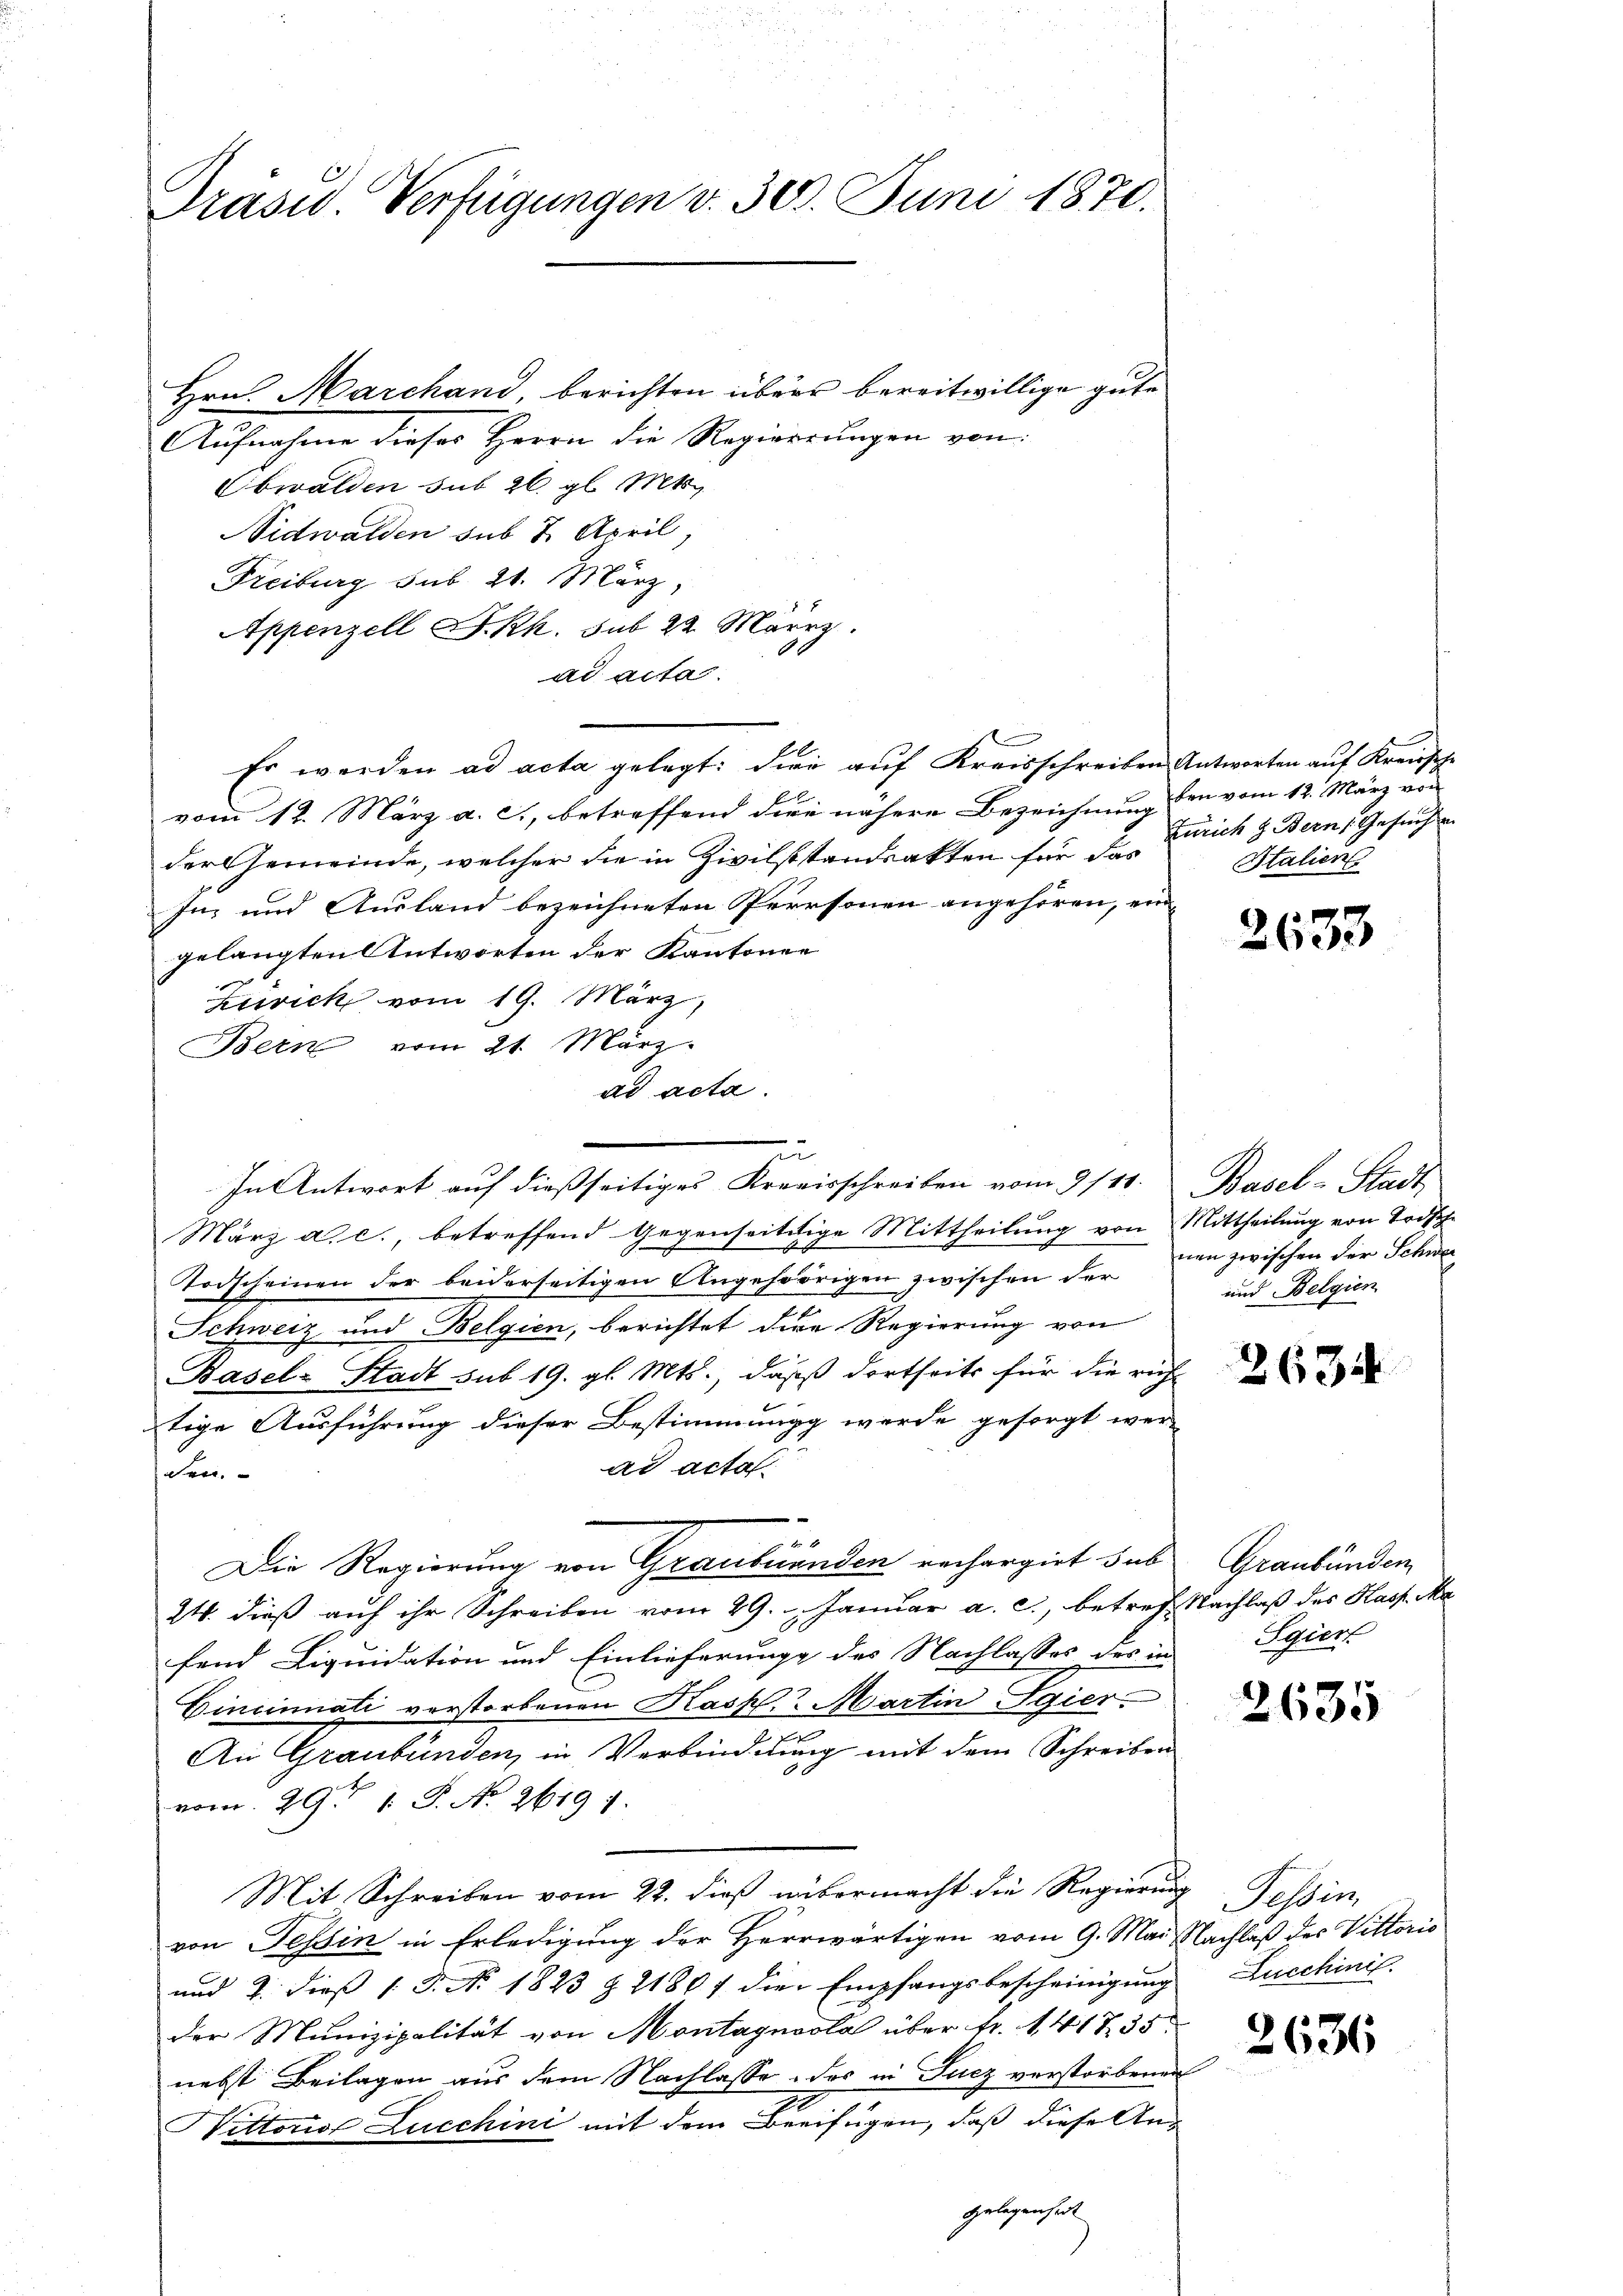
Präsid. Verfügungen v. 30. Juni 1870.

Hrn. Marchand, berichten übers bereitwillige gute
Aŭfnahme dieser Herrn die Regierŭngen von
Obwalden sub 26. gl. Mts.
Nidwalden sub 2. April,
Freiburg sub 21. März,
Appenzell I.Rh. sub 22. März.
ad acta.
Es werden ad acta gelegt: Die auf Kreisschreiben Antworten auf Kreissche

vom 12. März a. c., betreffend die nähere Bezeichnung den vom 12. März von
der Gemeinde, welcher die in Zivilstandsakten für das
In und Ausland bezeichneten Personen angehören, ein
gelangten Antworten der Kantonen
Zuvick vom 19. März,
Bern vom 21. März.
ad acta.
März a. c., betreffend Gegenseitige Mittheilung von Mittheilung von Todsch
Todscheinen der beiderseitigen Angehörigen zwischen der in zwischen der Schwer¬
Schweiz und Belgien, berichtet dere Regierung von
Basel-Stadt sub 19. gl. Mts., daß dortseits für die richt
tige Ausführung dieser Bestimmungg werde gesorgt wer-
ad acta.
den.
Die Regierung von Graubünden rechargirt sub-
24. dieß auf ihr Schreiben vom 29. Januar a. c., betref Nachlaß des Hass. Ma
fend Liquidation und Einlieferung des Nachlasses des in
Cincinati verstorbenen Kaskl. Martin Egier-
e
An Graubünden, in Verbindung mit dem Schreiben
vom 29. 1. J. No. 2619 f.
Mit Schreiben vom 22. dieβ nübermacht die Regierung Tessin,
von Tessin in Erledigung der Herrwärtigen vom 9. Mai Nachlaß des Vittoris
und 2. dieß 18. No. 1823 § 21807 die Empfangsbescheinigung
der Munizipalität von Montagnola über fr. 1417. 35
nebst Beilagen aus dem Nachlasse des in Fucz verstorbenen
Nittorist Zucchini mit dem Beeifügen, daß diese An¬
Gelegenheit

z
In Antwort auf dießseitiges Kreisschreiben vom 9/10. Basel-Stadt

Zürich z. Bern, Gesuchen
Italien

2633

und Belgien

2635

Graubünden
Sgier

2635

Lucchinis

2636